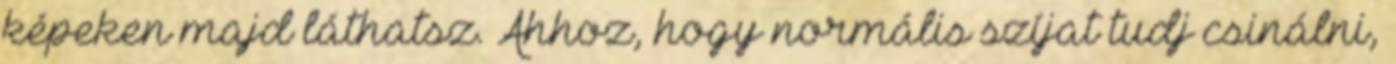
képeken majd láthatsz. Ahhoz, hogy normális szíjat tudj csinálni,